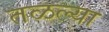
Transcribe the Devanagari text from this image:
तळल्या